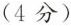
(4分)